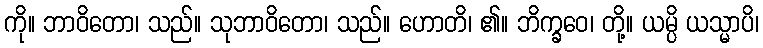
ကို။ ဘာဝိတော၊ သည်။ သုဘာဝိတော၊ သည်။ ဟောတိ၊ ၏။ ဘိက္ခဝေ၊ တို့။ ယမ္ပိ ယသ္မာပိ၊